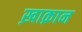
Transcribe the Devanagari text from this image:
ख़ाक़ान